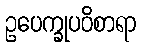
ဥပေက္ခုပဝိစာရာ